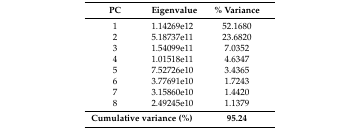
| PC | Eigenvalue | % Variance |
 | --- | --- | --- |
 | 1 | 1.14269e12 | 52.1680 |
 | 2 | 5.18737e11 | 23.6820 |
 | 3 | 1.54099e11 | 7.0352 |
 | 4 | 1.01518e11 | 4.6347 |
 | 5 | 7.52726e10 | 3.4365 |
 | 6 | 3.77691e10 | 1.7243 |
 | 7 | 3.15860e10 | 1.4420 |
 | 8 | 2.49245e10 | 1.1379 |
 | <COLSPAN=2> Cumulative variance (%) | 95.24 |